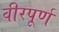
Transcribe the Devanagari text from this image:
वीरपूर्ण